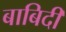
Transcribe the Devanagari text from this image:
बाबिदी